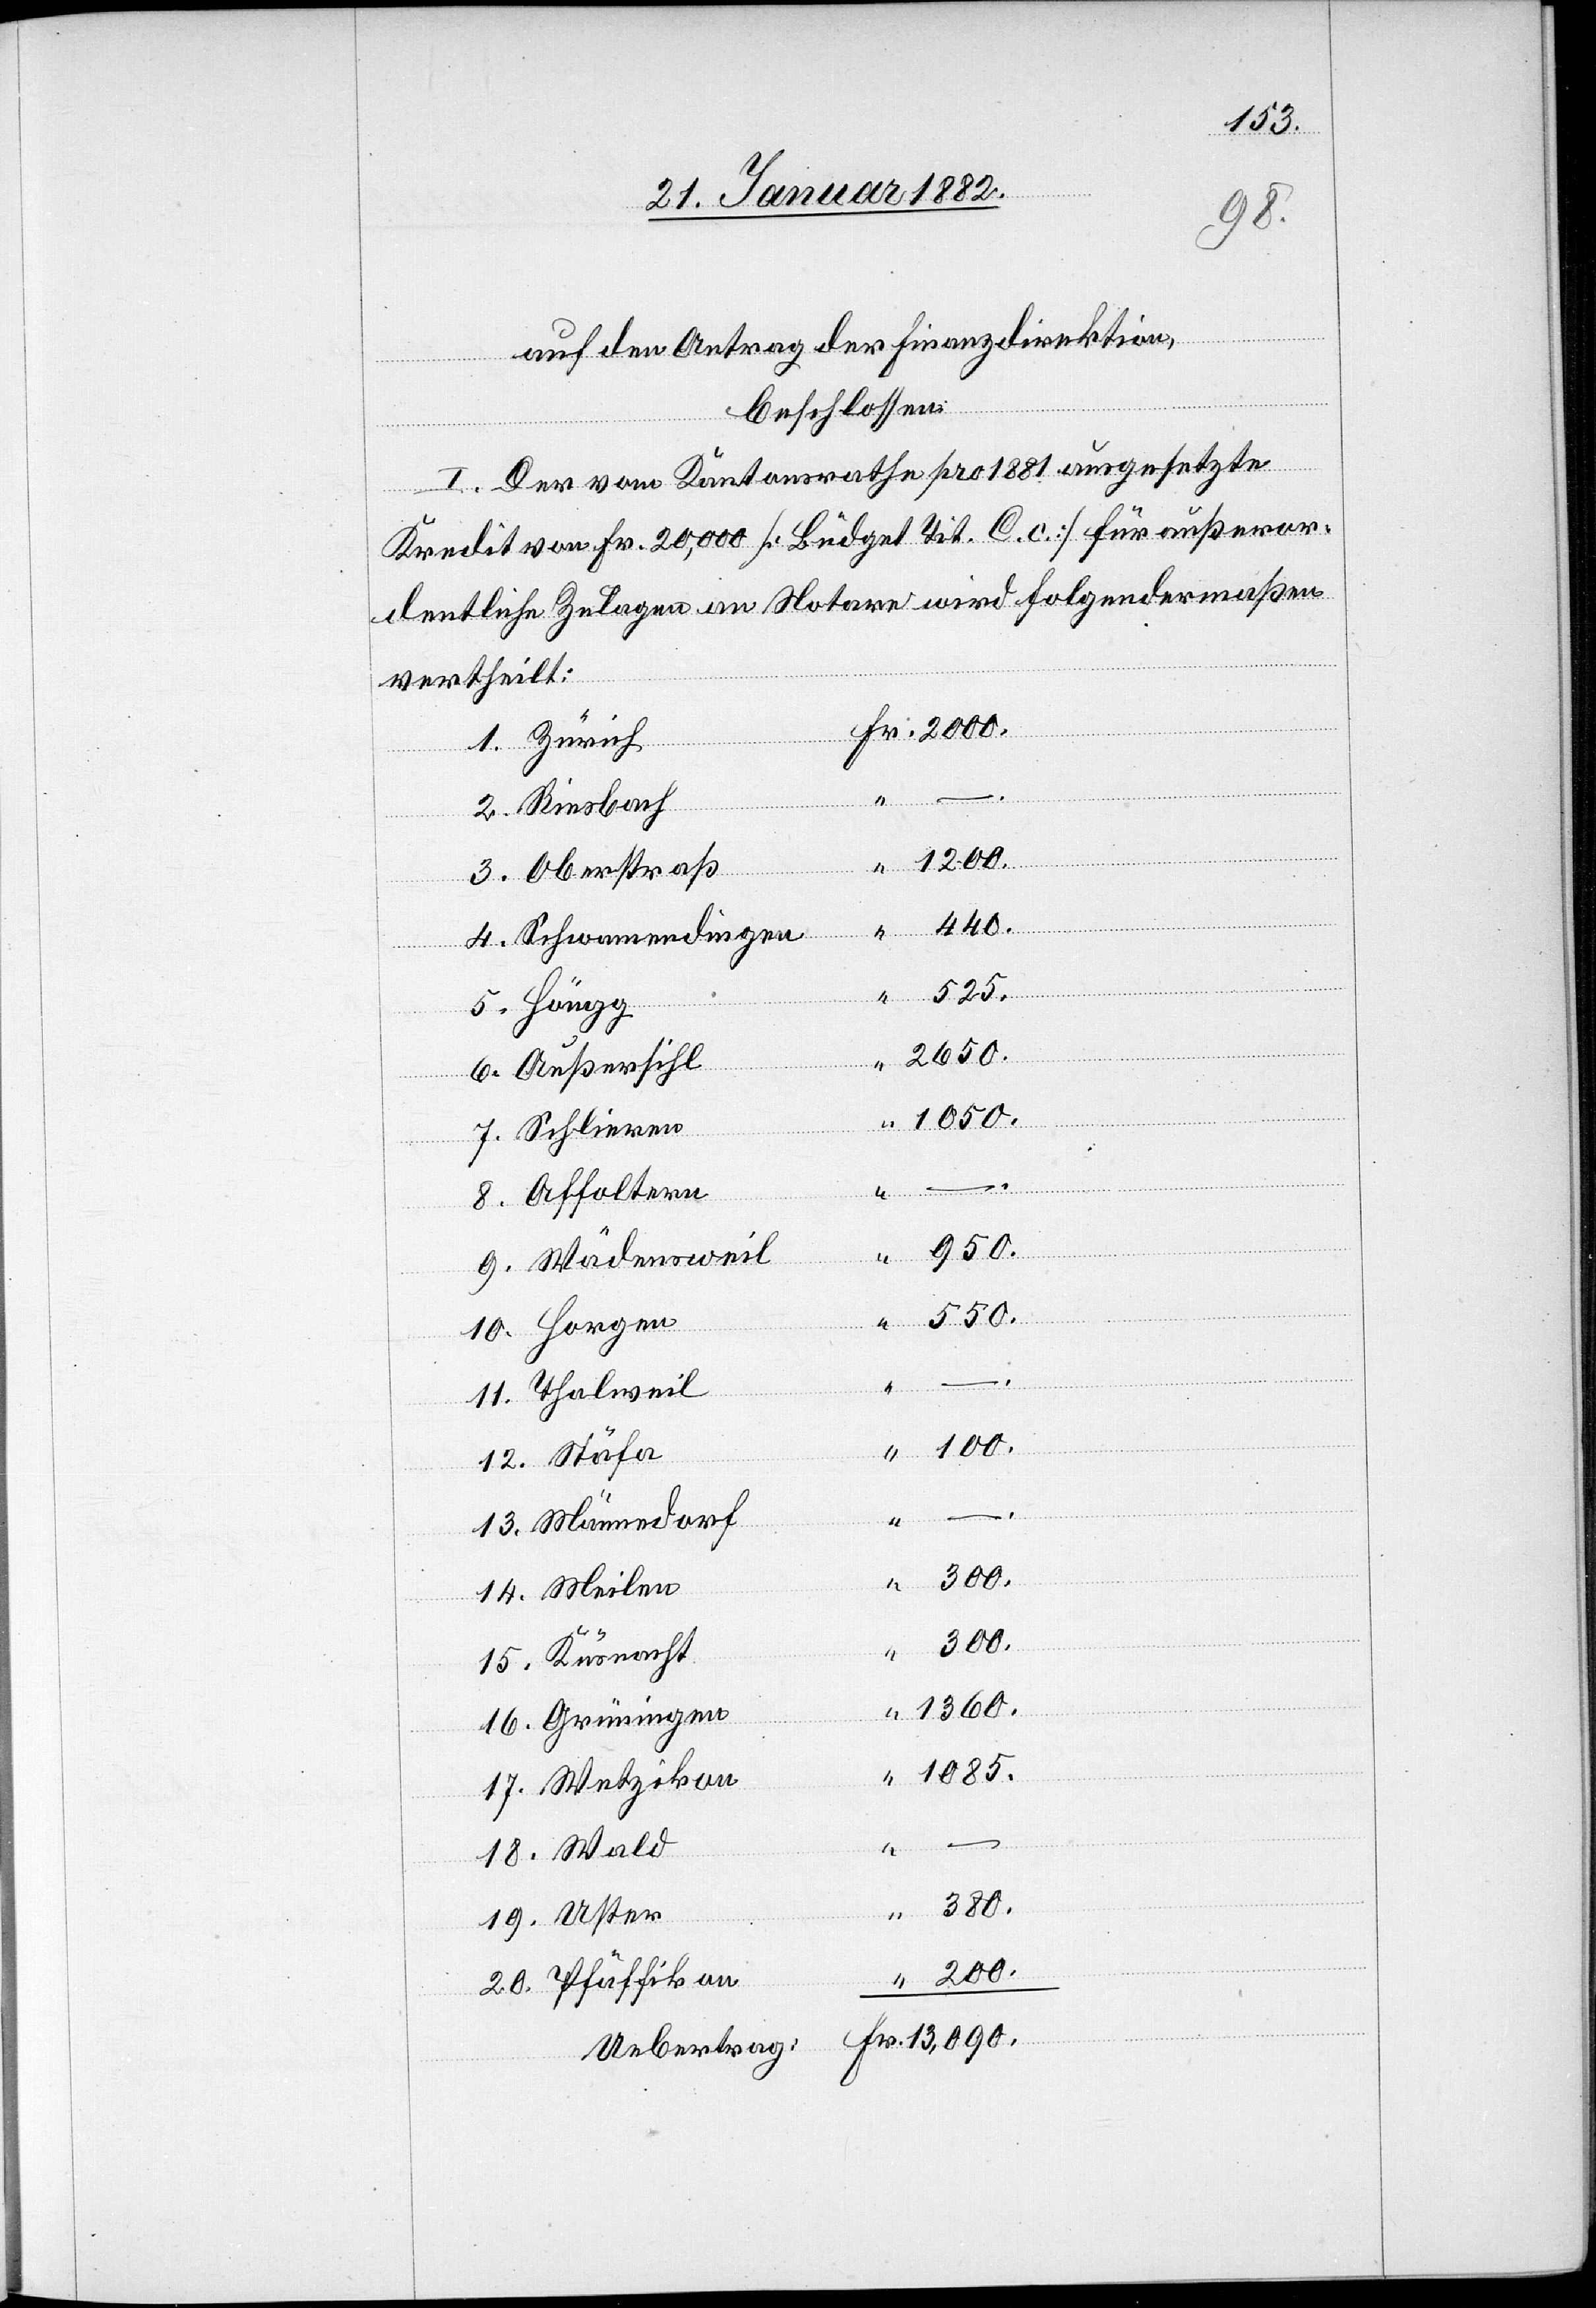
1085.
auf den Antrag der Finanzdirektion,
beschlossen:
I. Der vom Kantonsrathe pro 1881 ausgesetzte
Fr.
Kredit von Fr. 20,000 [Budget Tit. C. c.] für außeror¬
dentliche Zulagen an Notare wird folgendermaßen
vertheilt:
1. Zürich
–.
2. Riesbach
1200.
3. Oberstraß
440.
4. Schwammendingen
525.
5. Höngg
2000.
7. Schlieren
8. Affoltern
950.
9. Wädensweil
550.
10. Horgen
11. Thalweil
“
200.
12. Stäfa
“
–.
13. Männedorf
14. Meilen
300.
15. Küsnacht
1360.
16. Grüningen
17. Wetzikon
“
18. Wald
380.
19. Uster
20. Pfäffikon